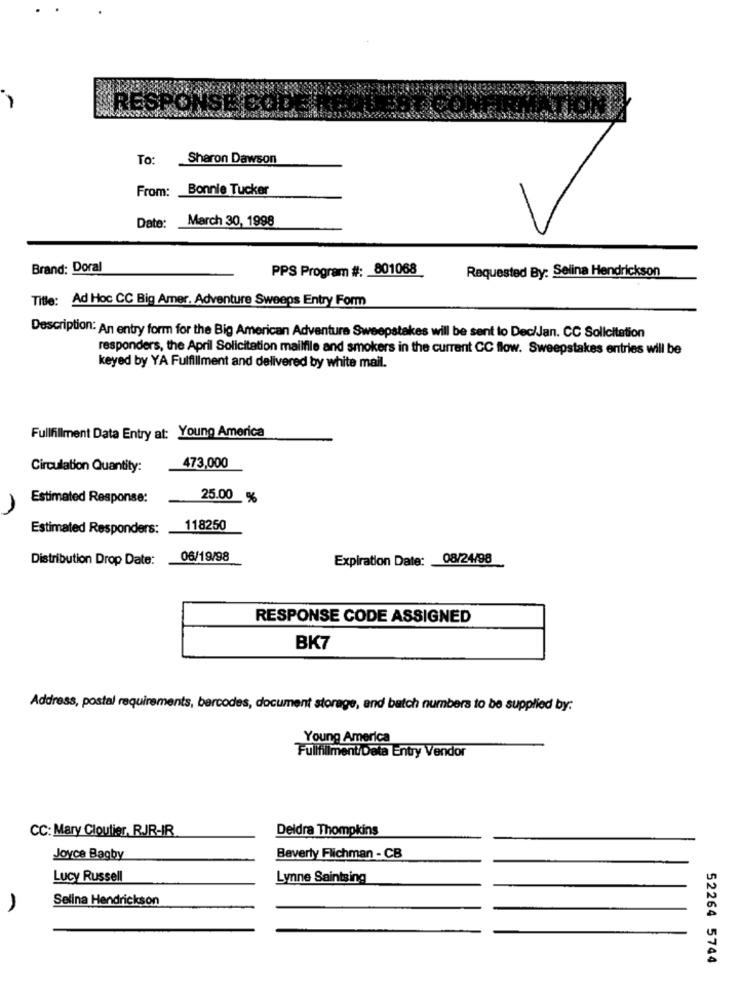
RESPONSE CODE
To:
Sharon Dawson
From:
Bonnie Tucker
March 30, 1998
Date:
Brand: Doral
PPS Program #: 801068
Requested By: Selina Hendrickson
Title: Ad Hoc CC Big Amer, Adventure Sweeps Entry Form
Description: An entry form for the Big American Adventure Sweepstakes will be sent to Dec/Jan. CC Solicitation
responders, the April Solicitation mailfile and smokers in the current CC flow. Sweepstakes entries will be
keyed by YA Fulfillment and delivered by white mail.
Fullfillment Data Entry at: Young America
Circulation Quantity:
473,000
Estimated Response:
25.00 %
Estimated Responders:
118250
Distribution Drop Date:
06/19/98
Expiration Date: 08/24/98
RESPONSE CODE ASSIGNED
BK7
Address, postal requirements, bercodes, document storage, and batch numbers to be supplied by:
Young America
Fullfillment/Data Entry Vendor
CC: Mary Cloutier, RJJR-IR
Deidra Thompkins
Joyce Bagby
Beverly Flichman - CB
Lucy Russell
Lynne Saintsing
Selina Hendrickson
52264 5744